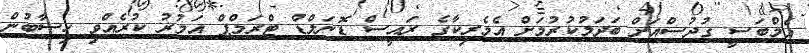
އެމްބަސީ ގުދުސްއަށް ބަދަލުކުރުމަށް އެމެރިކާގެ ރައީސް ޑޮނަލްޑް ޓްރަމްޕް އަމުރު ކުރެއްވި ހިސާބުން